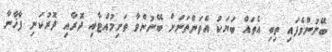
ބޭނުންވެފައި ތިބި އެތައް ބަޔަކު އެތަންތަނަށް ބޭނުންވާ ތަށިމުއްޓާއި ދޮރާއި ދޮރުކަނި ފާޚާނާ